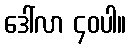
ဒေါ်လာ ၄၀ပါ။